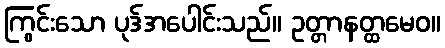
ကြွင်းသော ပုဒ်အပေါင်းသည်။ ဥတ္တာနတ္ထမေဝ။